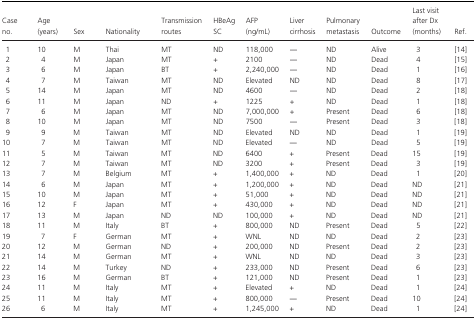
<table><thead><tr><td><b>Caseno.</b></td><td><b>Age(years)</b></td><td><b>Sex</b></td><td><b>Nationality</b></td><td><b>Transmissionroutes</b></td><td><b>HBeAgSC</b></td><td><b>AFP(ng/mL)</b></td><td><b>Livercirrhosis</b></td><td><b>Pulmonary metastasis</b></td><td><b>Outcome</b></td><td><b>Last visitafter Dx (months)</b></td><td><b>Ref.</b></td></tr></thead><tbody><tr><td>1</td><td>10</td><td>M</td><td>Thai</td><td>MT</td><td>ND</td><td>118,000</td><td>―</td><td>ND</td><td>Alive</td><td>3</td><td>14</td></tr><tr><td>2</td><td>4</td><td>M</td><td>Japan</td><td>MT</td><td>+</td><td>2100</td><td>―</td><td>ND</td><td>Dead</td><td>4</td><td>15</td></tr><tr><td>3</td><td>6</td><td>M</td><td>Japan</td><td>BT</td><td>+</td><td>2,240,000</td><td>―</td><td>ND</td><td>Dead</td><td>1</td><td>16</td></tr><tr><td>4</td><td>7</td><td>M</td><td>Taiwan</td><td>MT</td><td>ND</td><td>Elevated</td><td>ND</td><td>ND</td><td>Dead</td><td>8</td><td>17</td></tr><tr><td>5</td><td>14</td><td>M</td><td>Japan</td><td>MT</td><td>ND</td><td>4600</td><td>―</td><td>ND</td><td>Dead</td><td>2</td><td>18</td></tr><tr><td>6</td><td>11</td><td>M</td><td>Japan</td><td>ND</td><td>+</td><td>1225</td><td>+</td><td>ND</td><td>Dead</td><td>1</td><td>18</td></tr><tr><td>7</td><td>6</td><td>M</td><td>Japan</td><td>MT</td><td>ND</td><td>7,000,000</td><td>+</td><td>Present</td><td>Dead</td><td>6</td><td>18</td></tr><tr><td>8</td><td>10</td><td>M</td><td>Japan</td><td>MT</td><td>ND</td><td>7500</td><td>―</td><td>Present</td><td>Dead</td><td>3</td><td>18</td></tr><tr><td>9</td><td>9</td><td>M</td><td>Taiwan</td><td>MT</td><td>ND</td><td>Elevated</td><td>ND</td><td>ND</td><td>Dead</td><td>1</td><td>19</td></tr><tr><td>10</td><td>7</td><td>M</td><td>Taiwan</td><td>MT</td><td>ND</td><td>Elevated</td><td>―</td><td>ND</td><td>Dead</td><td>5</td><td>19</td></tr><tr><td>11</td><td>5</td><td>M</td><td>Taiwan</td><td>MT</td><td>ND</td><td>6400</td><td>+</td><td>Present</td><td>Dead</td><td>15</td><td>19</td></tr><tr><td>12</td><td>7</td><td>M</td><td>Taiwan</td><td>MT</td><td>ND</td><td>3200</td><td>+</td><td>Present</td><td>Dead</td><td>3</td><td>19</td></tr><tr><td>13</td><td>7</td><td>M</td><td>Belgium</td><td>MT</td><td>+</td><td>1,400,000</td><td>+</td><td>ND</td><td>Dead</td><td>1</td><td>20</td></tr><tr><td>14</td><td>6</td><td>M</td><td>Japan</td><td>MT</td><td>+</td><td>1,200,000</td><td>+</td><td>ND</td><td>Dead</td><td>ND</td><td>21</td></tr><tr><td>15</td><td>10</td><td>M</td><td>Japan</td><td>MT</td><td>+</td><td>51,000</td><td>+</td><td>ND</td><td>Dead</td><td>ND</td><td>21</td></tr><tr><td>16</td><td>12</td><td>F</td><td>Japan</td><td>MT</td><td>+</td><td>430,000</td><td>+</td><td>ND</td><td>Dead</td><td>ND</td><td>21</td></tr><tr><td>17</td><td>13</td><td>M</td><td>Japan</td><td>ND</td><td>ND</td><td>100,000</td><td>+</td><td>ND</td><td>Dead</td><td>ND</td><td>21</td></tr><tr><td>18</td><td>11</td><td>M</td><td>Italy</td><td>BT</td><td>+</td><td>800,000</td><td>ND</td><td>Present</td><td>Dead</td><td>5</td><td>22</td></tr><tr><td>19</td><td>7</td><td>F</td><td>German</td><td>MT</td><td>+</td><td>WNL</td><td>ND</td><td>ND</td><td>Dead</td><td>2</td><td>23</td></tr><tr><td>20</td><td>12</td><td>M</td><td>German</td><td>ND</td><td>+</td><td>200,000</td><td>ND</td><td>Present</td><td>Dead</td><td>2</td><td>23</td></tr><tr><td>21</td><td>14</td><td>M</td><td>German</td><td>MT</td><td>+</td><td>WNL</td><td>ND</td><td>ND</td><td>Dead</td><td>3</td><td>23</td></tr><tr><td>22</td><td>14</td><td>M</td><td>Turkey</td><td>ND</td><td>+</td><td>233,000</td><td>ND</td><td>Present</td><td>Dead</td><td>6</td><td>23</td></tr><tr><td>23</td><td>16</td><td>M</td><td>German</td><td>BT</td><td>+</td><td>121,000</td><td>ND</td><td>Present</td><td>Dead</td><td>1</td><td>23</td></tr><tr><td>24</td><td>11</td><td>M</td><td>Italy</td><td>MT</td><td>+</td><td>Elevated</td><td>+</td><td>ND</td><td>Dead</td><td>1</td><td>24</td></tr><tr><td>25</td><td>11</td><td>M</td><td>Italy</td><td>MT</td><td>+</td><td>800,000</td><td>―</td><td>Present</td><td>Dead</td><td>10</td><td>24</td></tr><tr><td>26</td><td>6</td><td>M</td><td>Italy</td><td>MT</td><td>+</td><td>1,245,000</td><td>+</td><td>ND</td><td>Dead</td><td>1</td><td>24</td></tr></tbody></table>